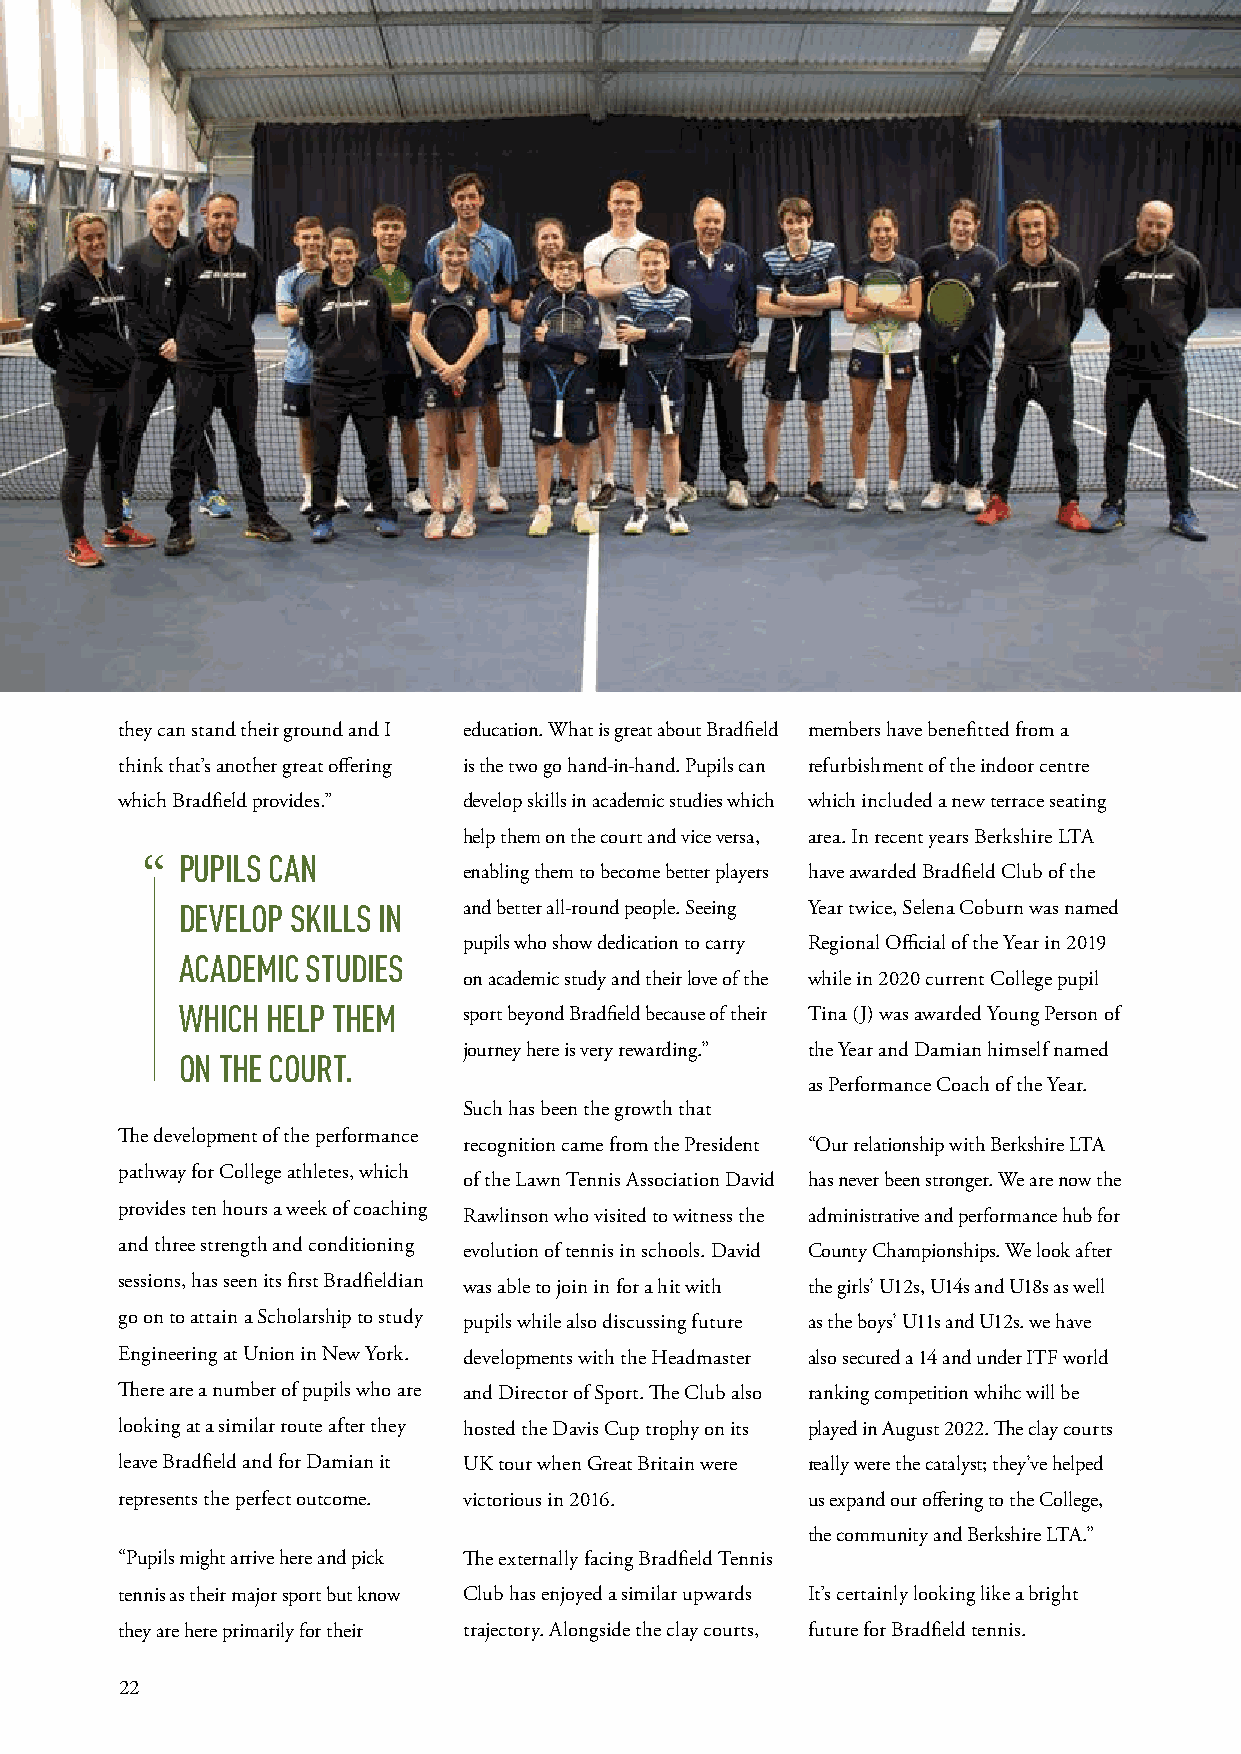
they can stand their ground and I education. What is great about Bradfield members have benefitted from a
 think that’s another great offering is the two go hand-in-hand. Pupils can refurbishment of the indoor centre
 which Bradfield provides.” develop skills in academic studies which which included a new terrace seating
 help them on the court and vice versa, area. In recent years Berkshire LTA
 PUPILS CAN
 “
 enabling them to become better players have awarded Bradfield Club of the
 DEVELOP SKILLS IN  and better all-round people. Seeing Year twice, Selena Coburn was named
 pupils who show dedication to carry Regional Official of the Year in 2019
 ACADEMIC STUDIES
 on academic study and their love of the while in 2020 current College pupil
 WHICH HELP THEM    sport beyond Bradfield because of their Tina (J) was awarded Young Person of
 journey here is very rewarding.” the Year and Damian himself named
 ON THE COURT.
 as Performance Coach of the Year.
 Such has been the growth that
 The development of the performance
 recognition came from the President “Our relationship with Berkshire LTA
 pathway for College athletes, which
 of the Lawn Tennis Association David has never been stronger. We are now the
 provides ten hours a week of coaching
 Rawlinson who visited to witness the administrative and performance hub for
 and three strength and conditioning evolution of tennis in schools. David County Championships. We look after
 sessions, has seen its first Bradfieldian was able to join in for a hit with the girls’ U12s, U14s and U18s as well
 go on to attain a Scholarship to study pupils while also discussing future as the boys’ U11s and U12s. we have
 Engineering at Union in New York. developments with the Headmaster also secured a 14 and under ITF world
 There are a number of pupils who are and Director of Sport. The Club also ranking competition whihc will be
 looking at a similar route after they hosted the Davis Cup trophy on its played in August 2022. The clay courts
 leave Bradfield and for Damian it UK tour when Great Britain were really were the catalyst; they’ve helped
 represents the perfect outcome. victorious in 2016. us expand our offering to the College,
 the community and Berkshire LTA.”
 “Pupils might arrive here and pick The externally facing Bradfield Tennis
 tennis as their major sport but know Club has enjoyed a similar upwards It’s certainly looking like a bright
 they are here primarily for their trajectory. Alongside the clay courts, future for Bradfield tennis.
 22